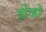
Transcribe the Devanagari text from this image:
होंजो